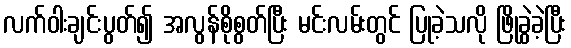
လက်ဝါးချင်းပွတ်၍ အလွန်စိုစွတ်ပြီး မင်းလမ်းတွင် ပြုခဲ့သလို ဖြိုခွဲခဲ့ပြီး